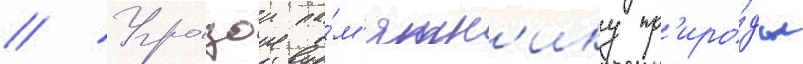
// Угрозои па́м'ятн'ику пр'иро́ды